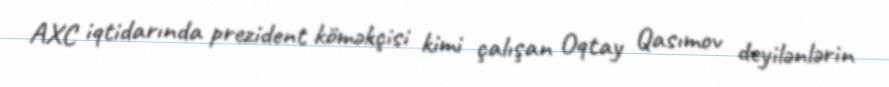
AXC iqtidarında prezident köməkçisi kimi çalışan Oqtay Qasımov deyilənlərin